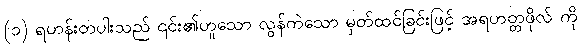
(၁) ရဟန်းတပါးသည် ၎င်း၏ဟူသော လွန်ကဲသော မှတ်ထင်ခြင်းဖြင့် အရဟတ္တဖိုလ် ကို